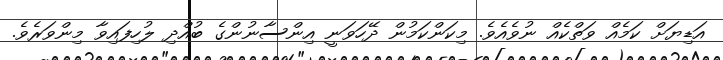
އަޑިޔަށް ކަމެއް ވަތްކެއް ނުވެއެވެ. މިކަންކަމުން ދޭހަވަނީ އިންސާނުންގެ ބުއްދި ލުހިފައިވާ މިންވަރެވެ.